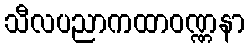
သီလပညာကထာဝဏ္ဏနာ